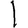
Digit: 1